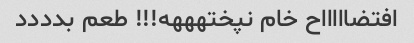
افتضاااااح خام نپختهههه!!! طعم بدددد